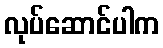
လုပ်ဆောင်ပါက